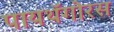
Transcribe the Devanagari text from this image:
पायथॅगोरस